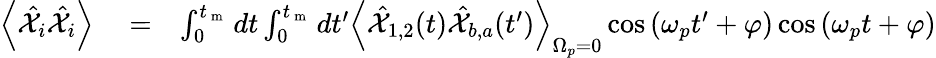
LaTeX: \begin{array}{rlr}{\left<\hat{\mathcal X}_{i}\hat{\mathcal X}_{i}\right>}&{{}=}&{\int_{0}^{t_{\mathrm{~m~}}}dt\int_{0}^{t_{\mathrm{~m~}}}dt^{\prime}\left<\hat{\mathcal X}_{1,2}(t)\hat{\mathcal X}_{b,a}(t^{\prime})\right>_{\Omega_{p}=0}\cos\left(\omega_{p}t^{\prime}+\varphi\right)\cos\left(\omega_{p}t+\varphi\right)}\end{array}